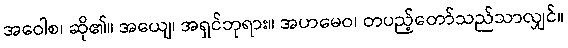
အဝေါစ၊ ဆို၏။ အယျေ၊ အရှင်ဘုရား။ အဟမေဝ၊ တပည့်တော်သည်သာလျှင်။